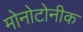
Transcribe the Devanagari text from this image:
मोनोटोनीक